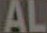
AL